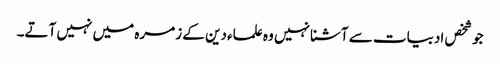
جو شخص ادبیات سے آشنا نہیں وہ علماء دین کے زمرہ میں نہیں آتے۔